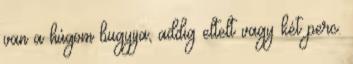
van a húgom bugyija, addig eltelt vagy két perc.